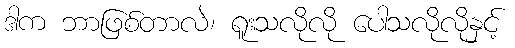
ဒါက ဘာဖြစ်တာလဲ၊ ရူးသလိုလို ပေါသလိုလိုနှင့်